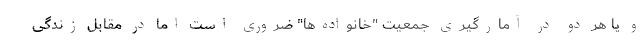
و یا هر دو در آمارگیری جمعیت "خانواده‌ها" ضروری است اما در مقابل زندگی